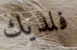
فلديك